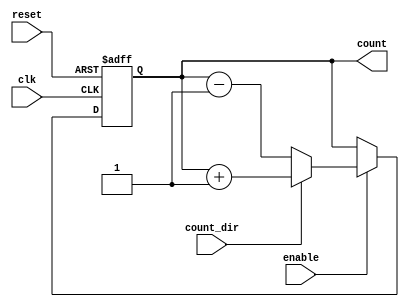
module BinaryCounter #(
    parameter N = 4 // Counter width (number of bits)
) (
    input wire clk,        // Clock signal
    input wire reset,      // Asynchronous reset signal
    input wire enable,     // Enable counting signal
    input wire count_dir,  // Count direction: 1 for up, 0 for down
    output reg [N-1:0] count // Current count value
);

    // Count behavior: synchronous with clock and async with reset
    always @(posedge clk or posedge reset) begin
        if (reset) begin
            count <= 0; // Reset count to zero
        end else if (enable) begin
            if (count_dir) begin
                // Count up
                count <= count + 1;
            end else begin
                // Count down
                count <= count - 1;
            end
        end
    end

endmodule